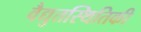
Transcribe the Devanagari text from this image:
वैद्युतस्थितिकी